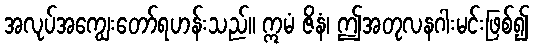
အလုပ်အကျွေးတော်ရဟန်းသည်။ ဣမံ ဇိနံ၊ ဤအတုလနဂါးမင်းဖြစ်၍